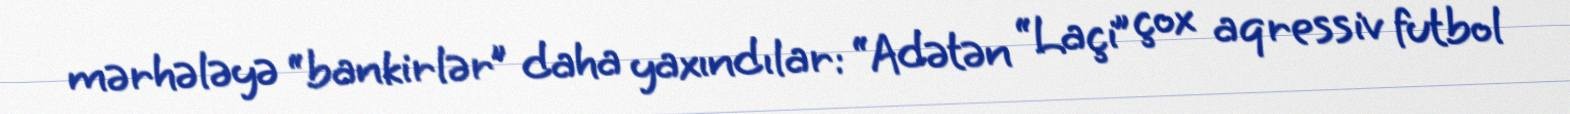
mərhələyə “bankirlər” daha yaxındılar: “Adətən “Laçi” çox aqressiv futbol